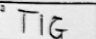
Transcription: TIG